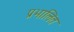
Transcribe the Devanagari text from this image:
प्रभालित